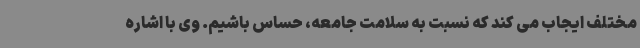
مختلف ایجاب می کند که نسبت به سلامت جامعه، حساس باشیم. وی با اشاره